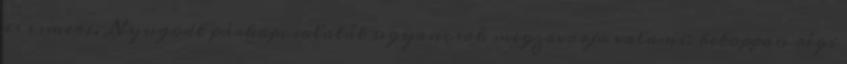
is ismeri. Nyugodt párkapcsolatát ugyancsak megzavarja valami: betoppan régi